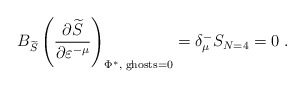
\begin{align*}B_{\widetilde{S}}\left( \frac{\partial \widetilde{S}}{\partial \varepsilon^{-\mu }}\right) _{\Phi ^{*},\;\mathrm{ghosts}=0}=\delta _\mu^{-}S_{N=4}=0\;. \end{align*}